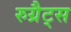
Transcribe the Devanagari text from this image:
रुग्रैट्स